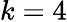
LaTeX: k=4